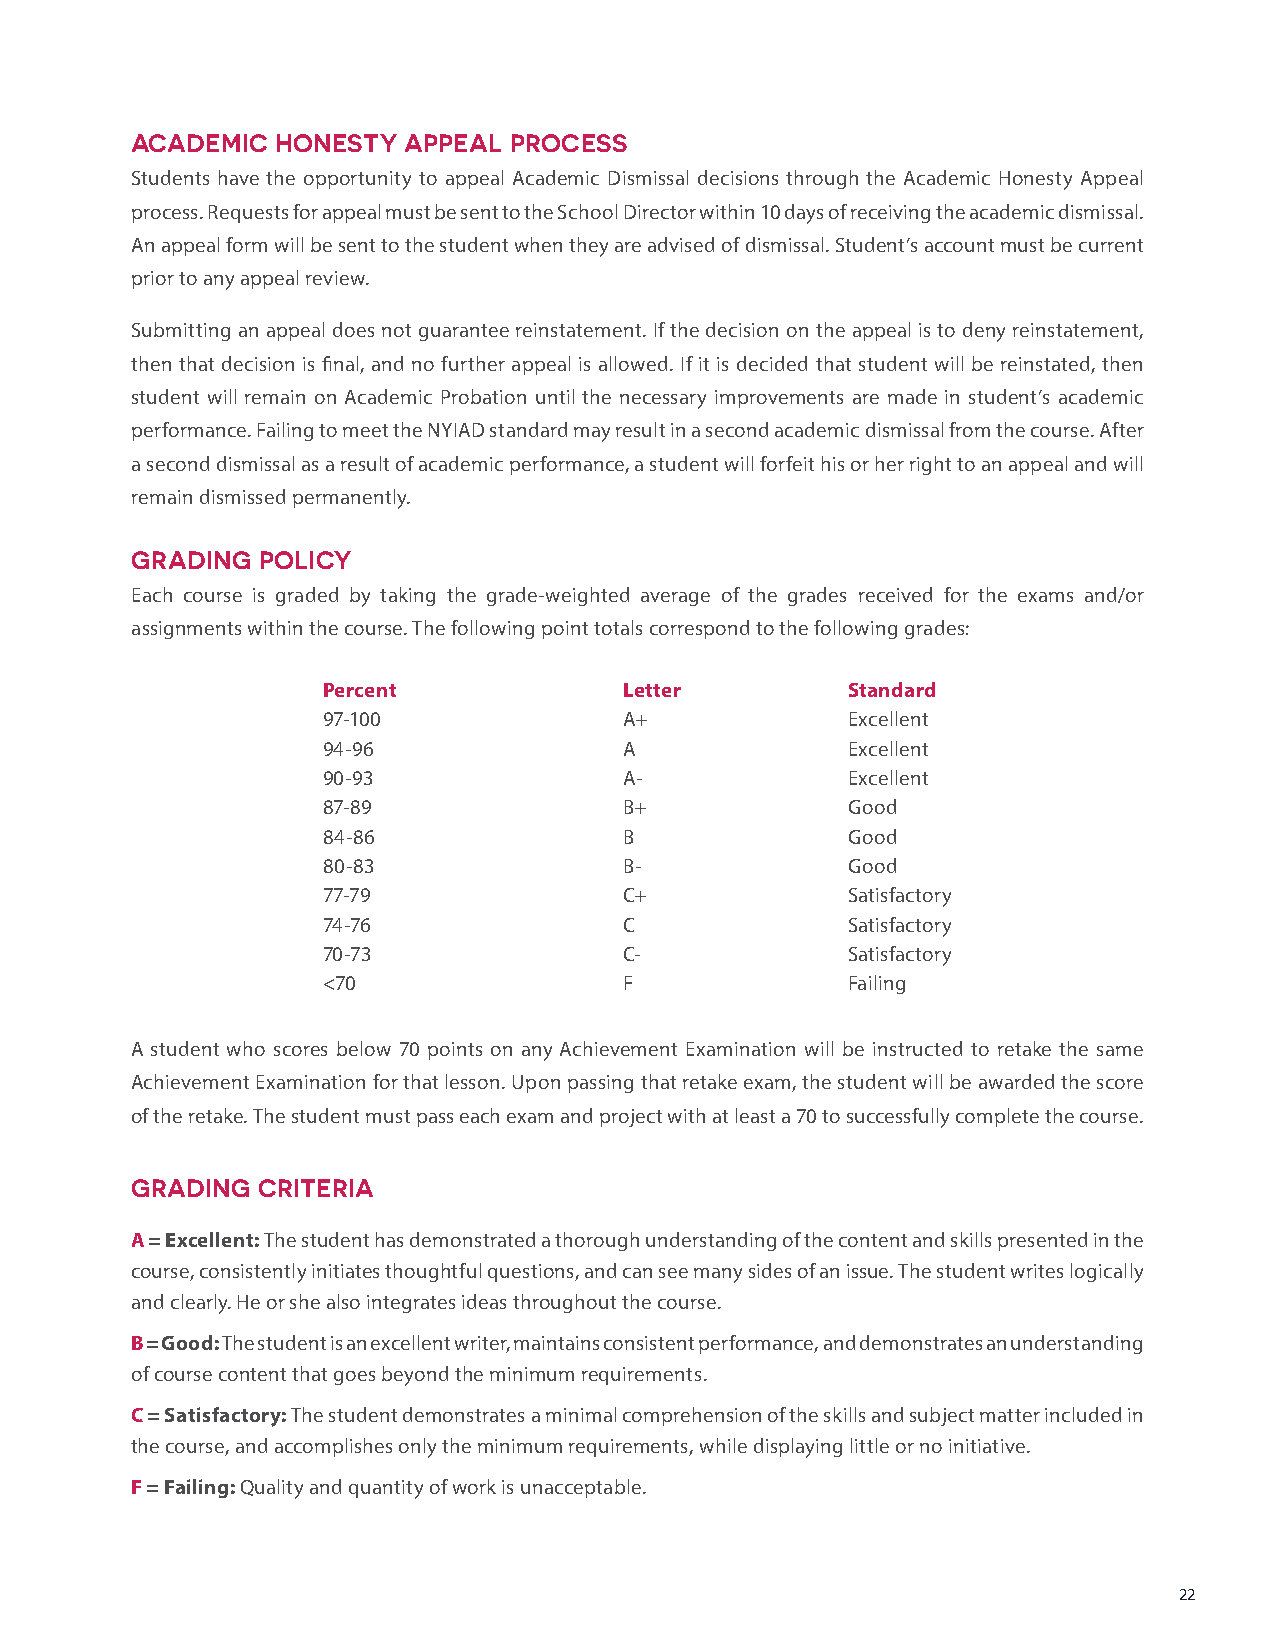
ACADEMIC HONESTY  APPEAL PROCESS
 Students have the opportunity to appeal Academic Dismissal decisions through the Academic Honesty Appeal
 process. Requests for appeal must be sent to the School Director within 10 days of receiving the academic dismissal.
 An appeal form will be sent to the student when they are advised of dismissal. Student’s account must be current
 prior to any appeal review.
 Submitting an appeal does not guarantee reinstatement. If the decision on the appeal is to deny reinstatement,
 then that decision is final, and no further appeal is allowed. If it is decided that student will be reinstated, then
 student will remain on Academic Probation until the necessary improvements are made in student’s academic
 performance. Failing to meet the NYIAD standard may result in a second academic dismissal from the course. After
 a second dismissal as a result of academic performance, a student will forfeit his or her right to an appeal and will
 remain dismissed permanently.
 GRADING POLICY
 Each course is graded by taking the grade-weighted average of the grades received for the exams and/or
 assignments within the course. The following point totals correspond to the following grades:
 Percent             Letter         Standard
 97-100              A+             Excellent
 94-96               A              Excellent
 90-93               A-             Excellent
 87-89               B+             Good
 84-86               B              Good
 80-83               B-             Good
 77-79               C+             Satisfactory
 74-76               C              Satisfactory
 70-73               C-             Satisfactory
 <70                 F              Failing
 A student who scores below 70 points on any Achievement Examination will be instructed to retake the same
 Achievement Examination for that lesson. Upon passing that retake exam, the student will be awarded the score
 of the retake. The student must pass each exam and project with at least a 70 to successfully complete the course.
 GRADING CRITERIA
 A = Excellent: The student has demonstrated a thorough understanding of the content and skills presented in the
 course, consistently initiates thoughtful questions, and can see many sides of an issue. The student writes logically
 and clearly. He or she also integrates ideas throughout the course.
 B = Good: The student is an excellent writer, maintains consistent performance, and demonstrates an understanding
 of course content that goes beyond the minimum requirements.
 C = Satisfactory: The student demonstrates a minimal comprehension of the skills and subject matter included in
 the course, and accomplishes only the minimum requirements, while displaying little or no initiative.
 F = Failing: Quality and quantity of work is unacceptable.
 22